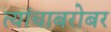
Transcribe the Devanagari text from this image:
त्यांचाबरोबर